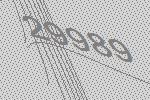
29989